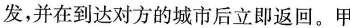
发，并在到达对方的城市后立即返回。甲